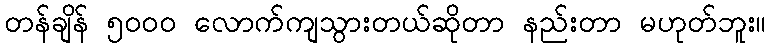
တန်ချိန် ၅၀၀၀ လောက်ကျသွားတယ်ဆိုတာ နည်းတာ မဟုတ်ဘူး။